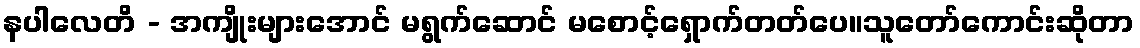
နပါလေတိ - အကျိုးများအောင် မရွက်ဆောင် မစောင့်ရှောက်တတ်ပေ။သူတော်ကောင်းဆိုတာ